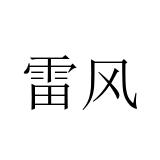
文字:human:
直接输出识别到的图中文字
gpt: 雷风